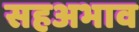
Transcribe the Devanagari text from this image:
सहअभाव